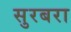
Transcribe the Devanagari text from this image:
सुरबरा